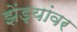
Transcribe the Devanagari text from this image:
झेंड्यांवर